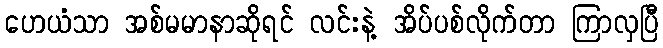
ဟေယံသာ အစ်မမာနာဆိုရင် လင်းနဲ့ အိပ်ပစ်လိုက်တာ ကြာလှပြီ